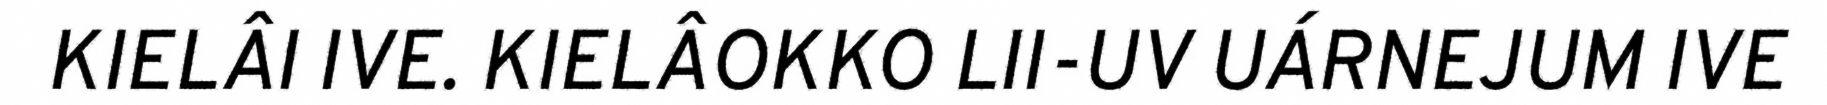
KIELÂI IVE. KIELÂOKKO LII-UV UÁRNEJUM IVE